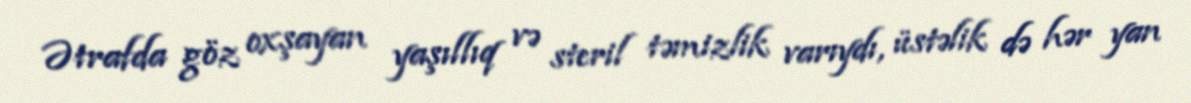
Ətrafda göz oxşayan yaşıllıq və steril təmizlik varıydı, üstəlik də hər yan